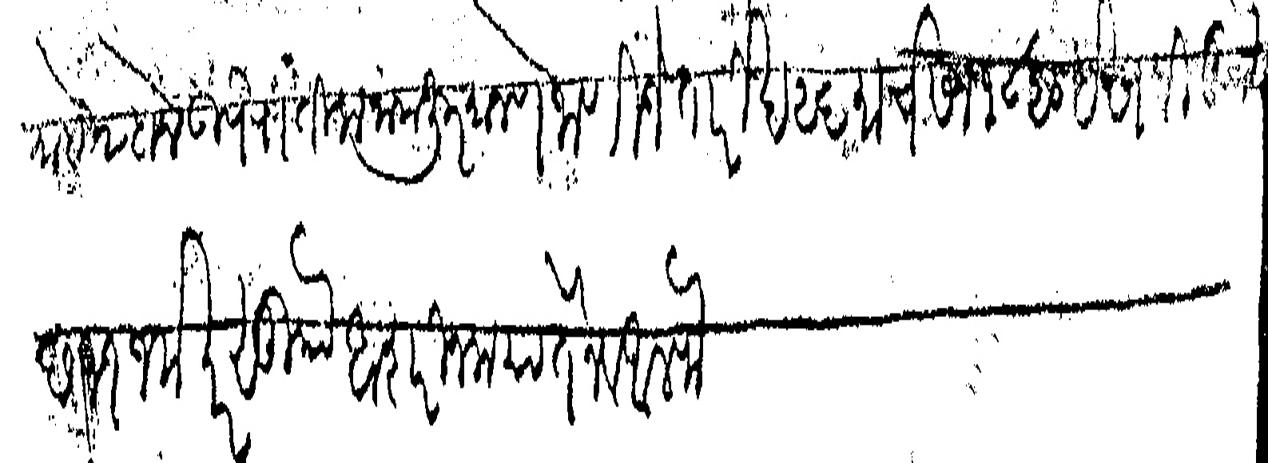
Transliteration (Devanagari): माहे २ दोन उपरांतीला नामंजूर मानणे जाणिजे तारीख २६ मार्च सन १८२० इसबी मुो छ ११ जम खर सु असरीन मयातेन व अलफ